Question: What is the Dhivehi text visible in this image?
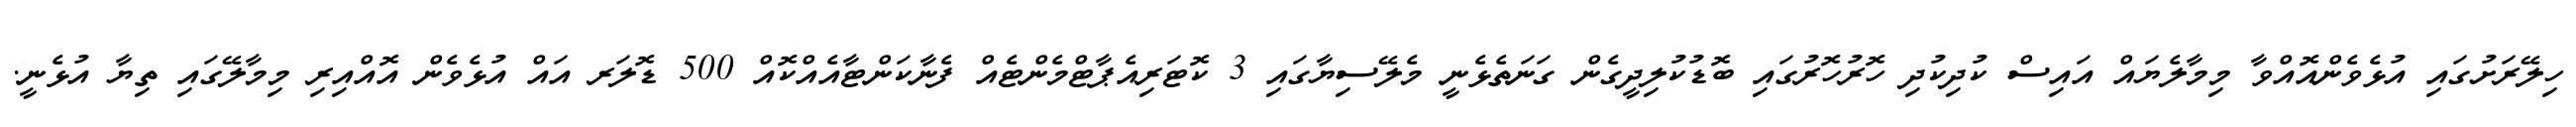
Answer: ހިލޭރަށުގައި އުޅެވެންއޮއްވާ މިމާލެޔައް އައިސް ކުދިކުދި ހޮރުހޮރުގައި ބޮޑުކުލިދީގެން ގަނަތެޅެނީ މެލޭސިޔާގައި 3 ކޮޓަރިއެޕާޓްމެންޓެއް ފެނާކަންޓާއެއްކޮއް 500 ޑޮލަރ އައް އުޅެވެން އޮއްއިރި މިމާލޭގައި ތިޔާ އުޅެނީ.